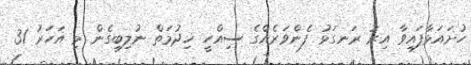
ހުށައަޅާފައިވާ އިރު ރަނގަޅު ފެންވަރެއްގެ ސިއްހީ ޚިދުމަތް ނުލިބިގެން މި އަހަރު 31